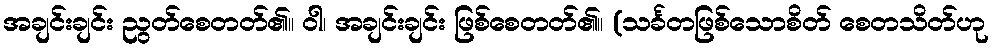
အချင်းချင်း ညွတ်စေတတ်၏။ ဝါ၊ အချင်းချင်း ဖြစ်စေတတ်၏။ (သင်္ခတဖြစ်သောစိတ် စေတသိတ်ဟု